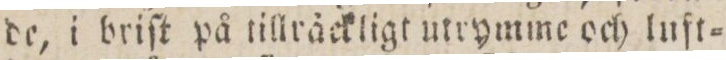
de, i briſt på tillräckligt utrymme och luft=